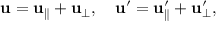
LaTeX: \mathbf { u } = \mathbf { u } _ { \parallel } + \mathbf { u } _ { \perp } , \quad \mathbf { u } ^ { \prime } = \mathbf { u } _ { \parallel } ^ { \prime } + \mathbf { u } _ { \perp } ^ { \prime } ,